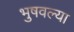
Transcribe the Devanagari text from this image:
भुषवल्या